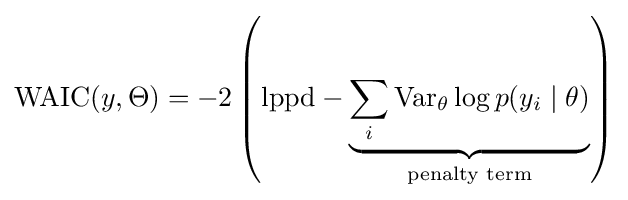
{\text{WAIC}}(y,\Theta )=-2\left({\text{lppd}}-\underbrace {\sum _{i}\operatorname {Var} _{\theta }\log p(y_{i}\mid \theta )} _{\text{penalty term}}\right)